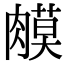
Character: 𦟦